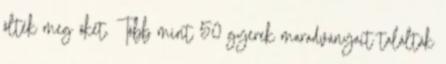
ölték meg őket. Több mint 50 gyerek maradványait találták